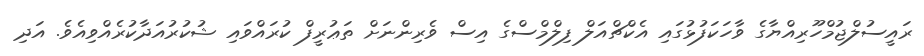
ރައީސުލްޖުމްހޫރިއްޔާގެ ވާހަކަފުޅުގައި އެކްޗްއަލް ފިލްމްސްގެ އިސް ވެރިންނަށް ތަޢުރީފް ކުރައްވައި ޝުކުރުއަދާކުރެއްވިއެވެ. އަދި